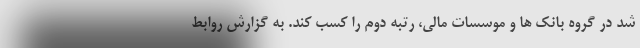
شد در گروه بانک ها و موسسات مالی، رتبه دوم را کسب کند. به گزارش روابط